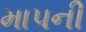
માપની